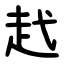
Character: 䞖